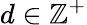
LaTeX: d\in\mathbb{Z}^{+}